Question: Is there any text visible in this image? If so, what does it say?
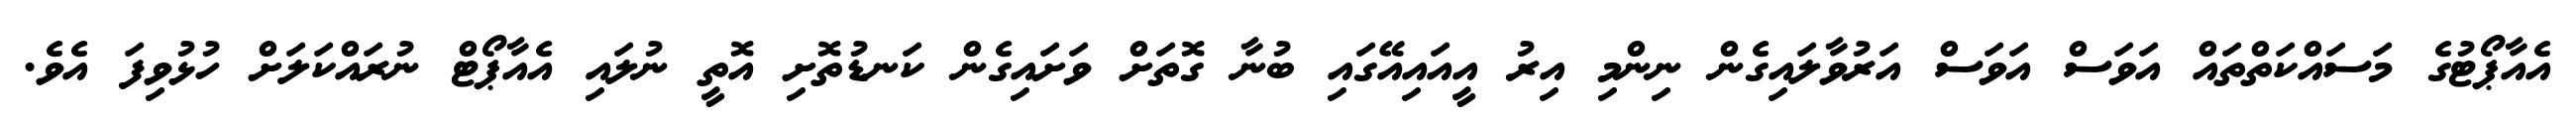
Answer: އެއާޕޯޓުގެ މަސައްކަތްތައް އަވަސް އަވަސް އަރުވާލައިގެން ނިންމި އިރު އީއައިއޭގައި ބުނާ ގޮތަށް ވަށައިގެން ކަނޑުތޮށި އޮތީ ނުލައި އެއާޕޯޓް ނުރައްކަލަށް ހުޅުވިފަ އެވެ.